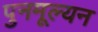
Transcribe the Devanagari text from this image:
पुनमूल्यन